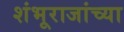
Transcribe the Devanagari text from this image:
शंभूराजांच्या